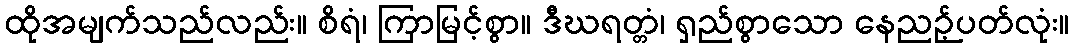
ထိုအမျက်သည်လည်း။ စိရံ၊ ကြာမြင့်စွာ။ ဒီဃရတ္တံ၊ ရှည်စွာသော နေညဉ့်ပတ်လုံး။